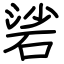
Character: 硰